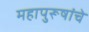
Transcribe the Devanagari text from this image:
महापुरूषांचे